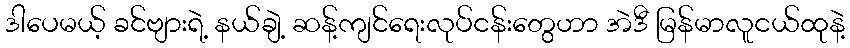
ဒါပေမယ့် ခင်ဗျားရဲ့ နယ်ချဲ့ ဆန့်ကျင်ရေးလုပ်ငန်းတွေဟာ အဲဒီ မြန်မာလူငယ်ထုနဲ့